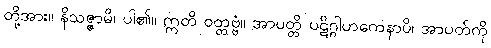
တို့အား။ နိသဇ္ဇာမိ၊ ပါ၏။ ဣတိ ဝတ္တဗ္ဗံ။ အာပတ္တိ ပဋိဂ္ဂါဟကေနာပိ၊ အာပတ်ကို